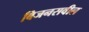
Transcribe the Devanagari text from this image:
बिजनसवील